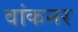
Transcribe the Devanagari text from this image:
वांकनर